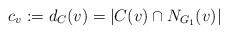
LaTeX: \begin{align*}c_v:=d_{C}(v)=|C(v)\cap N_{G_1}(v)|\end{align*}